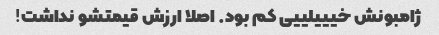
ژامبونش خیییلییی کم بود. اصلا ارزش قیمتشو نداشت!